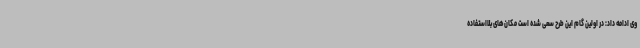
وی ادامه داد: در اولین گام این طرح سعی شده‌ است مکان‌های بلااستفاده